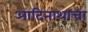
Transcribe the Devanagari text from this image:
आदिनाथाचा